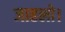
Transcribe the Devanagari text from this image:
जाहलो।